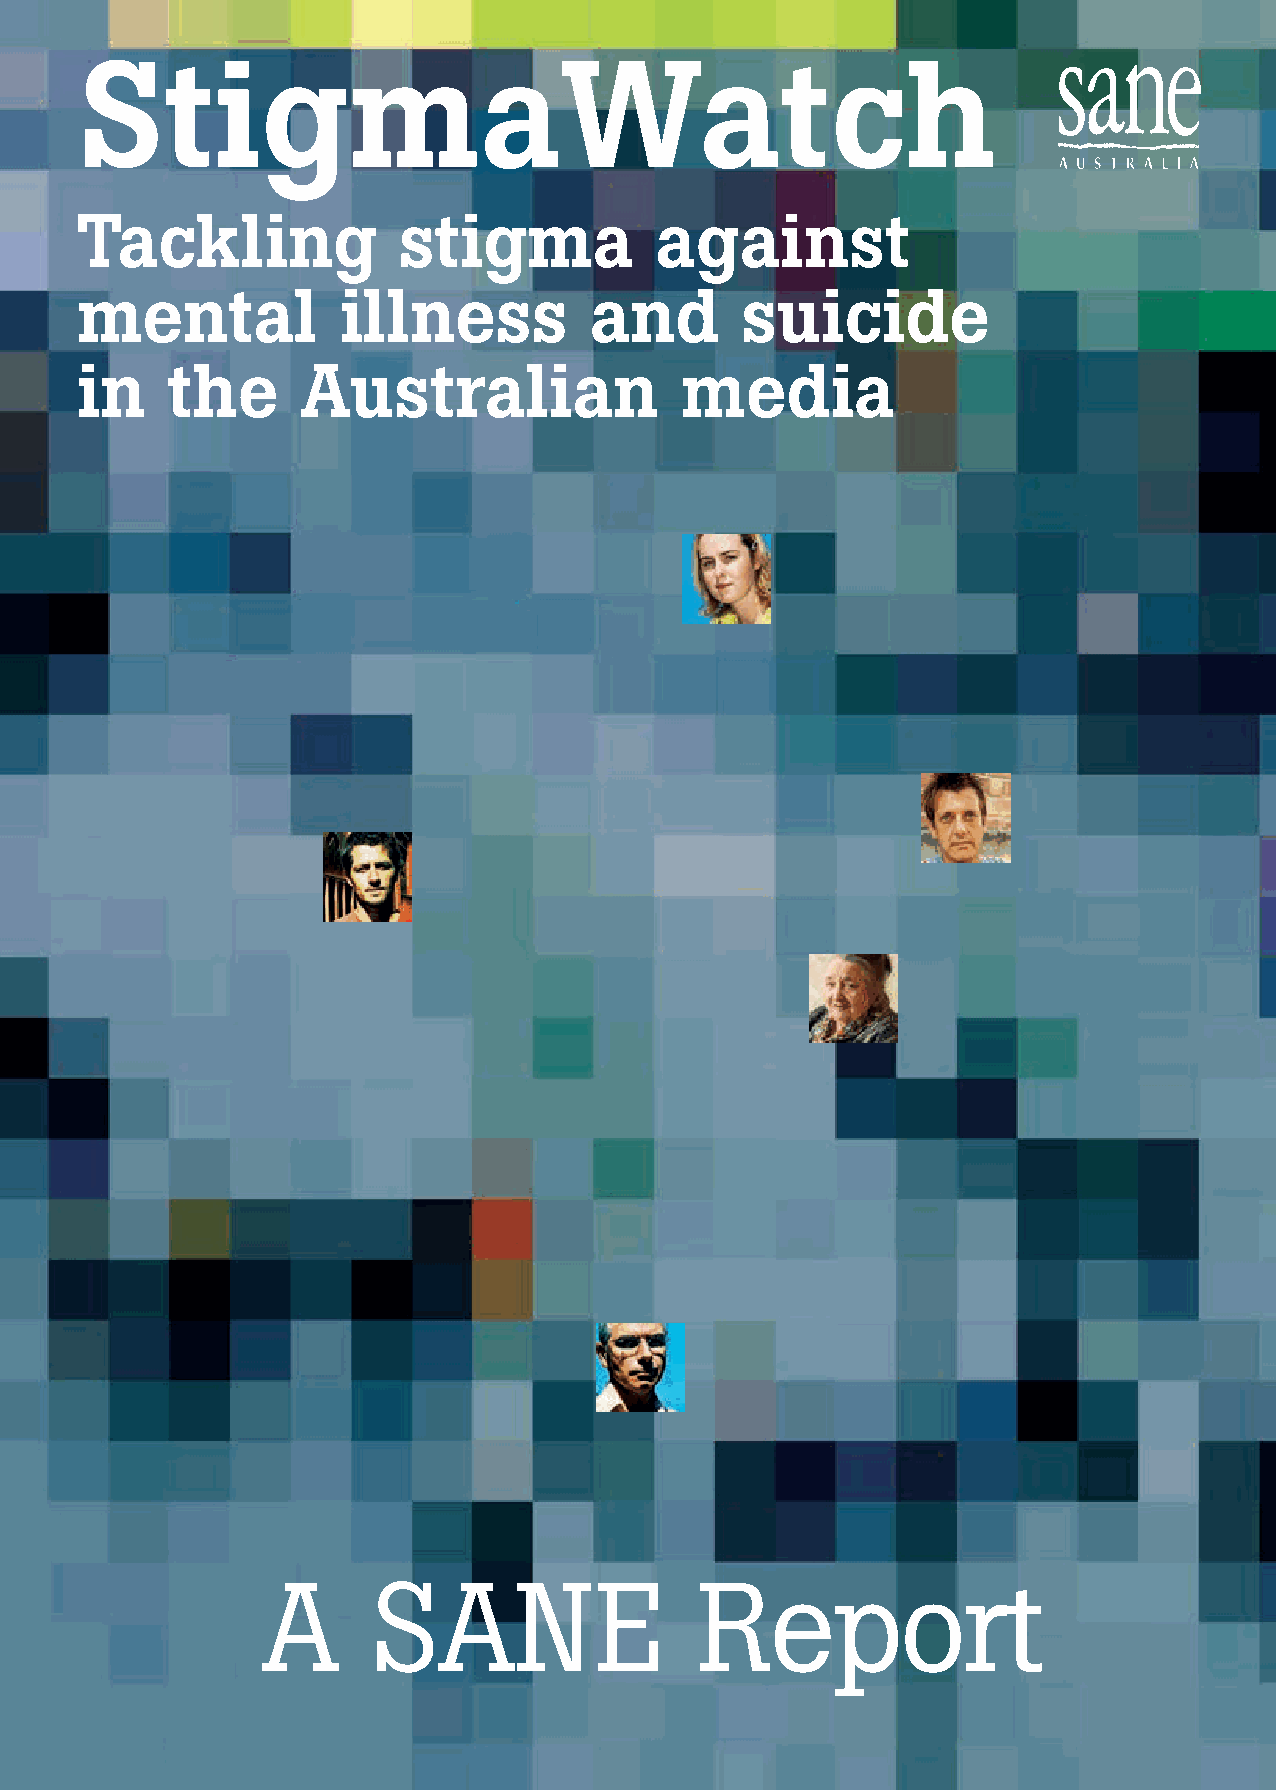
StigmaWatch
 Tackling             stigma           against
 mental           illness          and       suicide
 in    the      Australian               media
 A       SANE                 Report
 1